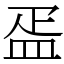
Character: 㿿